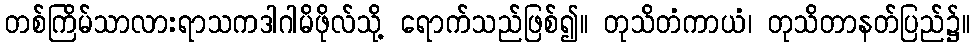
တစ်ကြိမ်သာလားရာသကဒါဂါမိဖိုလ်သို့ ရောက်သည်ဖြစ်၍။ တုသိတံကာယံ၊ တုသိတာနတ်ပြည်၌။